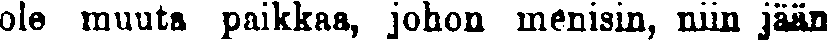
ole muuta paikkaa, johon menisin, niin jään